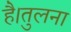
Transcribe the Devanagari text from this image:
है।तुलना